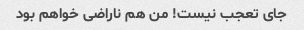
جای تعجب نیست! من هم ناراضی خواهم بود